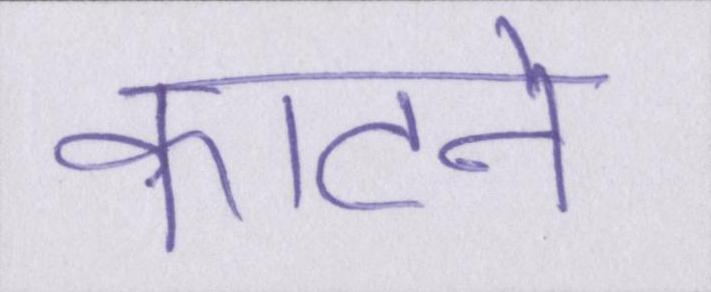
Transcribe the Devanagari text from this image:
काटने